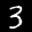
Label: 3